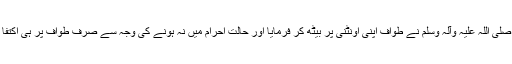
آپ صلی اللہ علیہ وآلہ وسلم نے طواف اپنی اونٹنی پر بیٹھ کر فرمایا اور حالتِ احرام میں نہ ہونے کی وجہ سے صرف طواف پر ہی اکتفا کیا۔